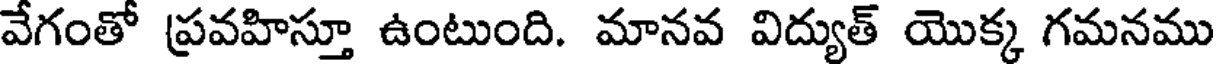
వేగంతో ప్రవహిస్తూ ఉంటుంది. మానవ విద్యుత్ యొక్క గమనము